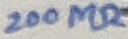
Text: 200MΩ